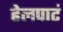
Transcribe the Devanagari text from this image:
हेलपाटं